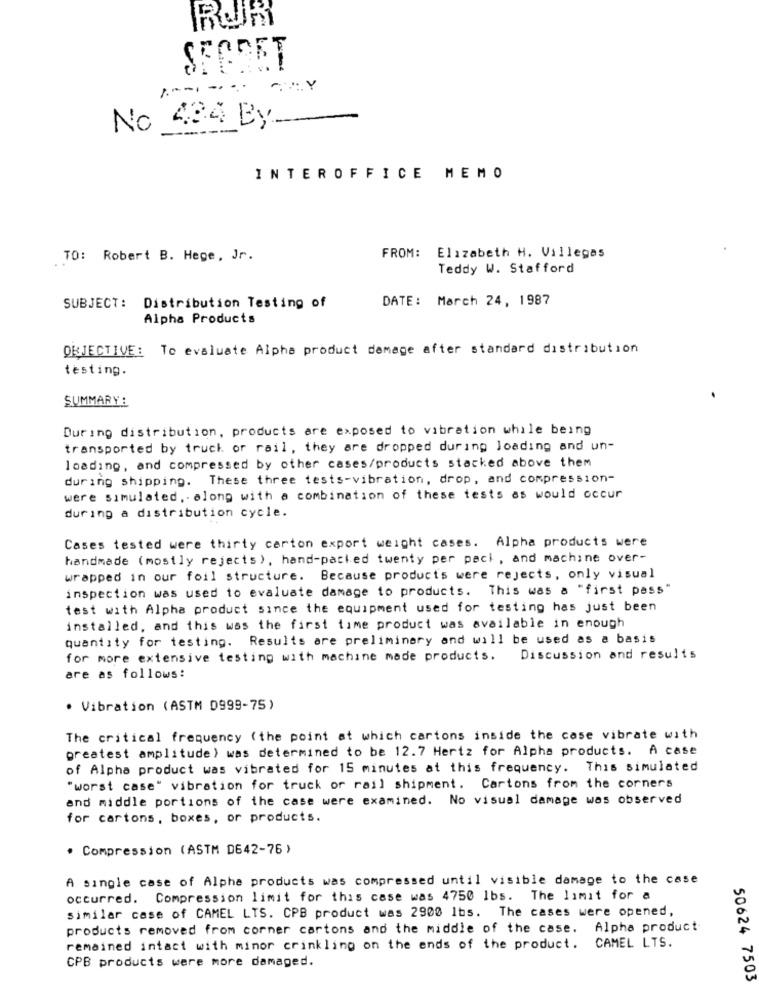
RUR
SECRET
No 484 By-
INTEROFFICE MEMO
TO: Robert B. Hege, Jr.
FROM: Elizabeth H. Villegas
Teddy W. Stafford
DATE: March 24, 1987
SUBJECT: Distribution Testing of
Alpha Products
OBJECTIVE: To evaluate Alpha product damage after standard distribution
testing.
SUMMARY :
During distribution, products are exposed to vibration while being
transported by truck or rail, they are dropped during loading and un-
loading, and compressed by other cases/products stacked above them
during shipping. These three tests-vibration, drop, and compression-
were simulated, along with a combination of these tests as would occur
during a distribution cycle.
Cases tested were thirty carton export weight cases. Alpha products were
handmade (mostly rejects), hand-packed twenty per pack , and machine over-
wrapped in our foil structure. Because products were rejects, only visual
inspection was used to evaluate damage to products. This was a "first pass"
test with Alpha product since the equipment used for testing has just been
installed, and this was the first time product was available in enough
quantity for testing. Results are preliminary and will be used as a basis
for more extensive testing with machine made products.
Discussion and results
are as follows:
. Vibration (ASTM D999-75)
The critical frequency (the point at which cartons inside the case vibrate with
greatest amplitude) was determined to be 12.7 Hertz for Alpha products. A case
of Alpha product was vibrated for 15 minutes at this frequency. This simulated
"worst case" vibration for truck or rail shipment. Cartons from the corners
and middle portions of the case were examined. No visual damage was observed
for cartons, boxes, or products.
· Compression (ASTM D642-76)
A single case of Alpha products was compressed until visible damage to the case
occurred. Compression limit for this case was 4750 lbs. The limit for a
similar case of CAMEL LTS. CPB product was 2900 1bs. The cases were opened,
products removed from corner cartons and the middle of the case. Alpha product
remained intact with minor crinkling on the ends of the product.
CAMEL LTS.
CPB products were more damaged.
50624 7503